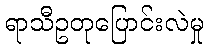
ရာသီဥတုပြောင်းလဲမှု